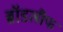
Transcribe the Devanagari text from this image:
ब्रॉडलीफ